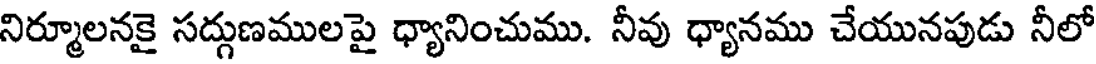
నిర్మూలనకై సద్గుణములపై ధ్యానించుము. నీవు ధ్యానము చేయునపుడు నీలో